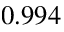
0 . 9 9 4